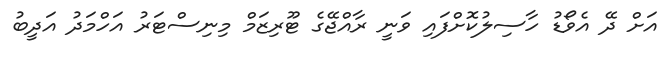
އަށް ދޭ އެވޯޑު ހާސިލުކޮށްފައި ވަނީ ރާއްޖޭގެ ޓޫރިޒަމް މިނިސްޓަރު އަހްމަދު އަދީބު